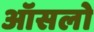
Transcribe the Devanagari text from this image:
ऑसलो